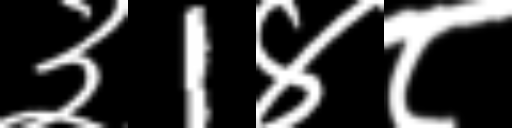
Text: ३1४८